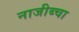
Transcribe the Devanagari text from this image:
नाजीब्चा